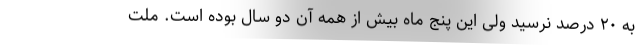
به ۲۰ درصد نرسید ولی این پنج ماه بیش از همه آن دو سال بوده است. ملت